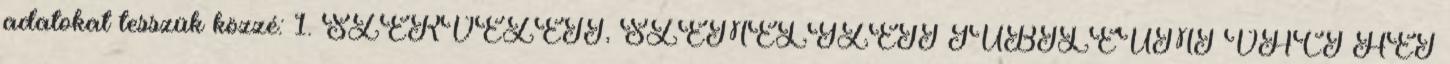
adatokat tesszük közzé: 1. SZERVEZETI, SZEMÉLYZETI JUBILEUMI VÁCI HÉT